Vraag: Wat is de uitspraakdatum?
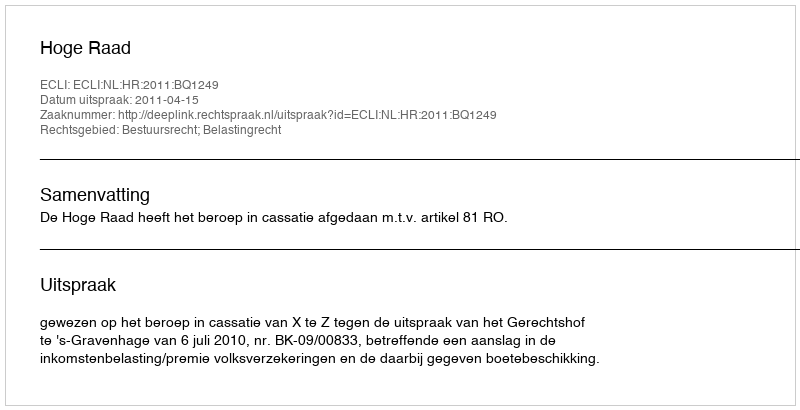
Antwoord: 2011-04-15